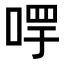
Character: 𠵄